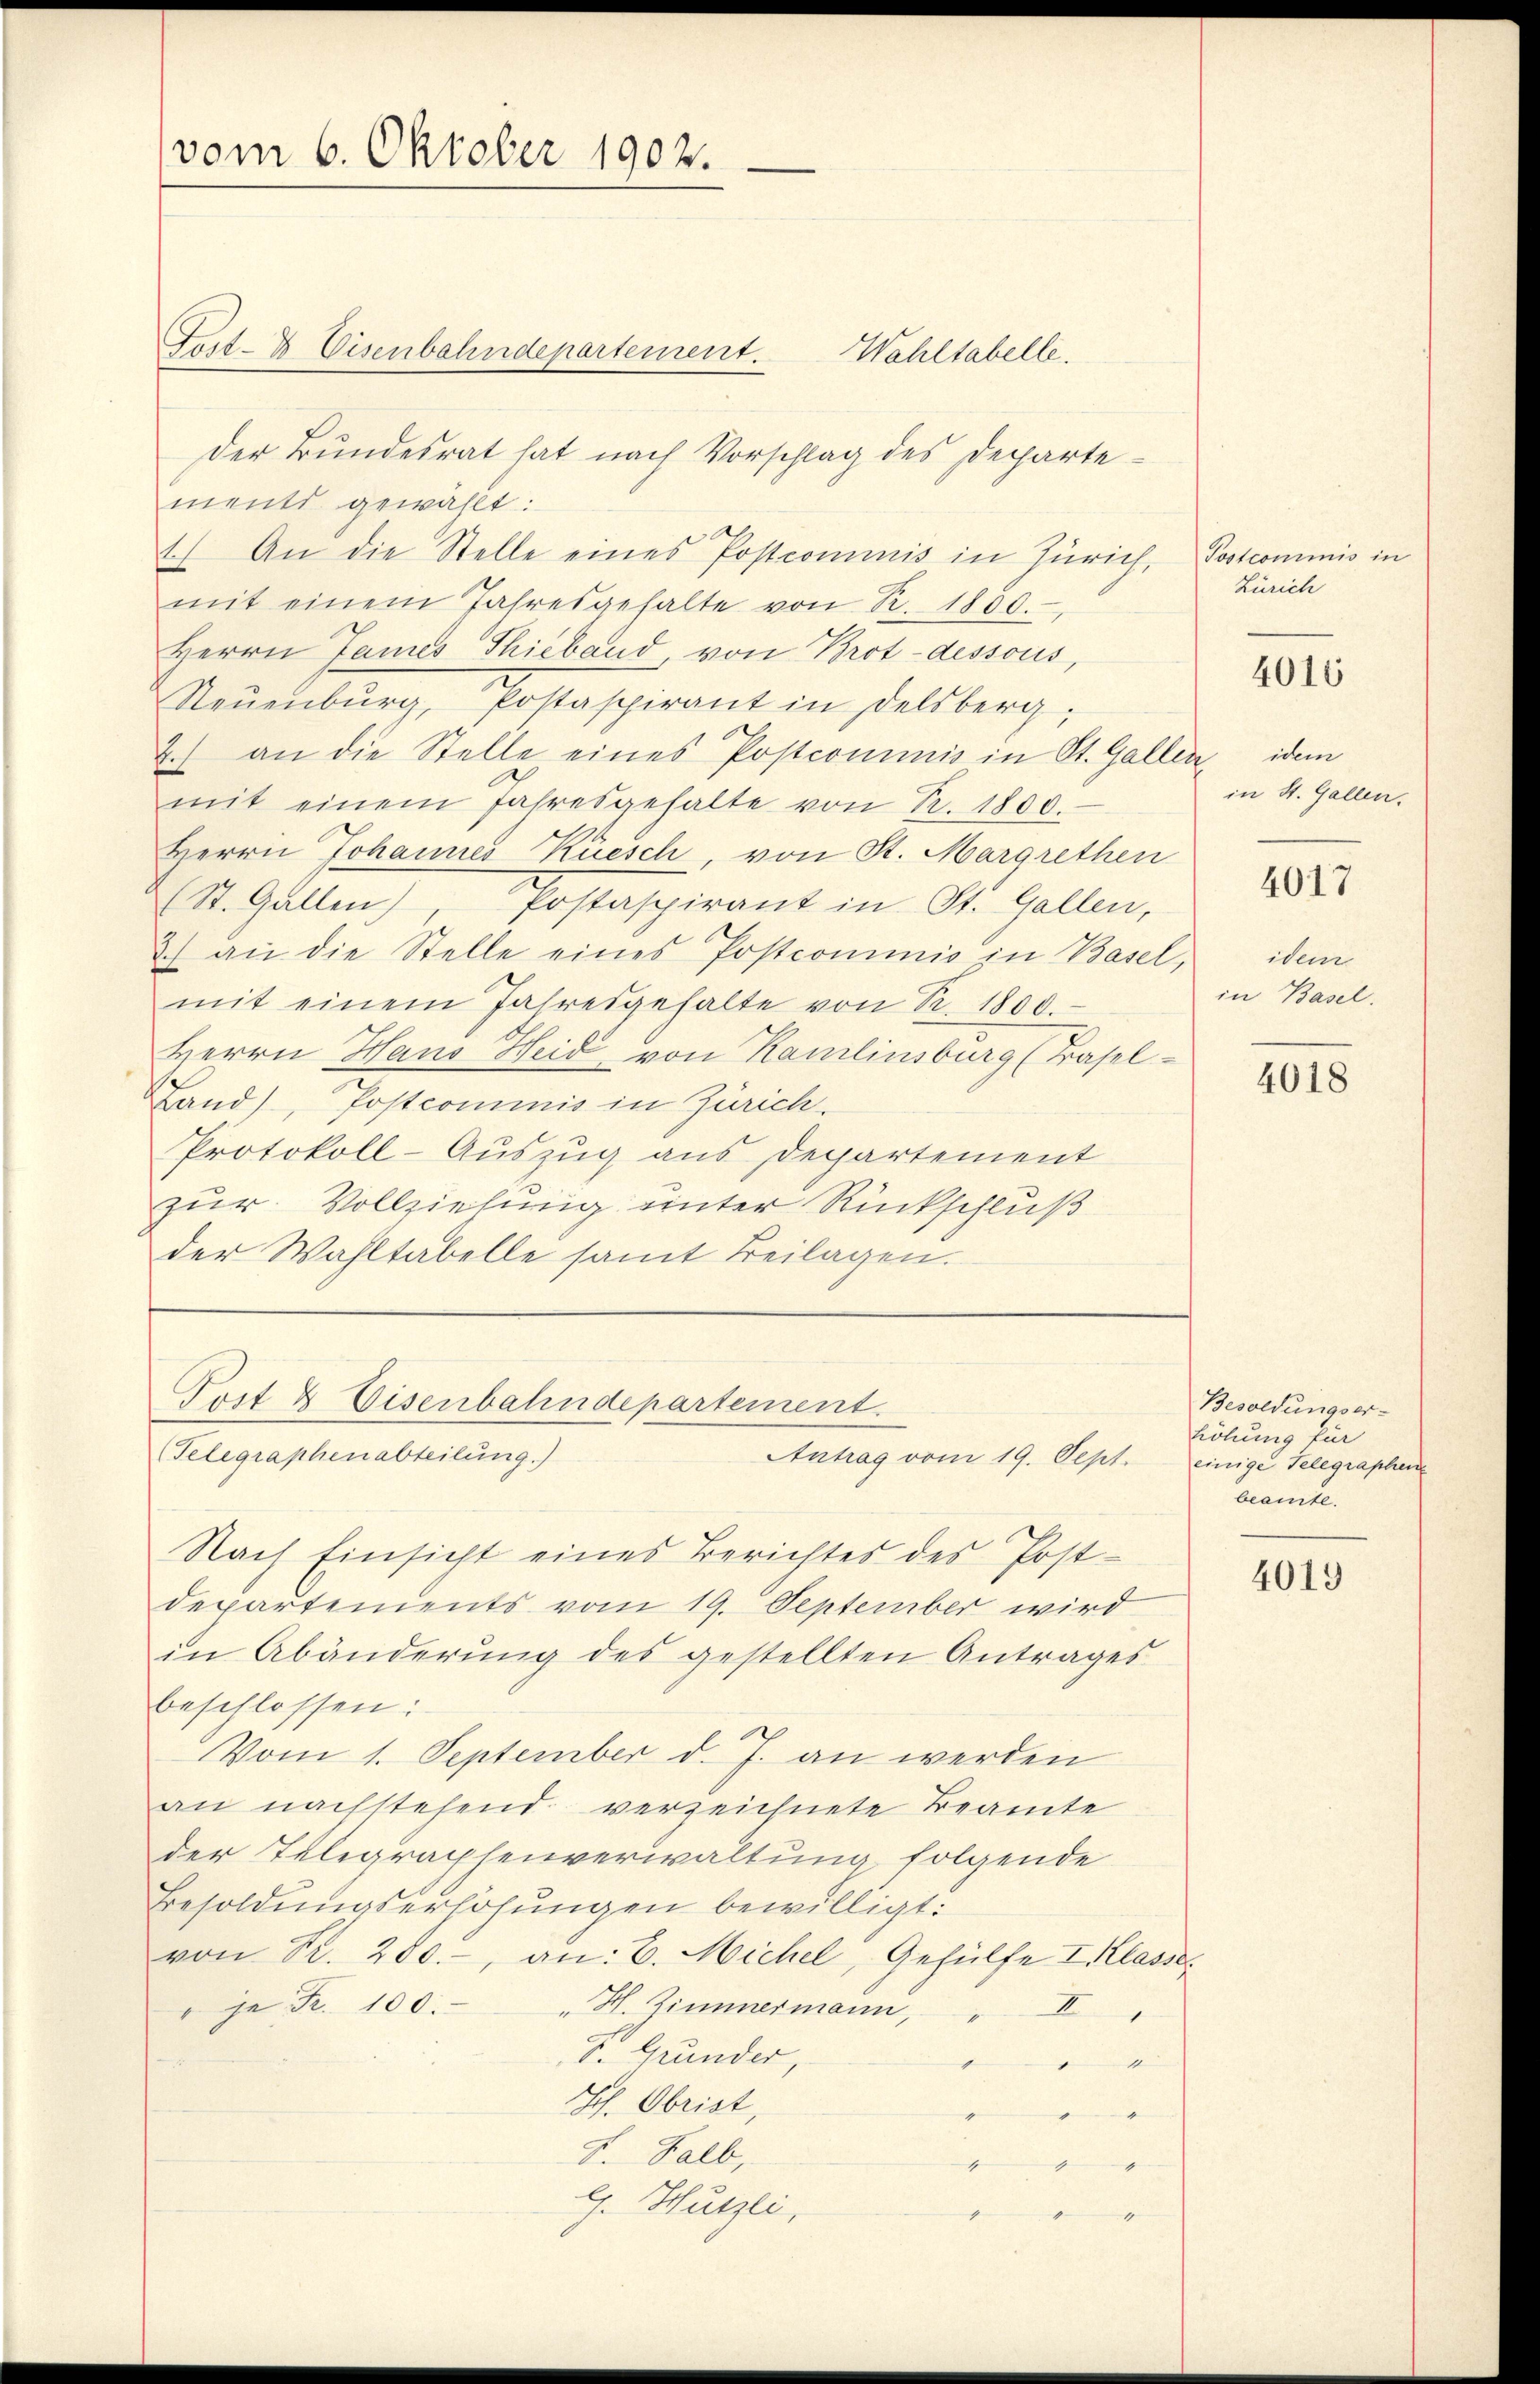
(vom 6. Oktober 1902.

Feit- & Eisenbahndepartement.
der Bundesrat hat nach Vorschlag des Departements gewählt:
1) An die Stelle eines Postcommis in Zürich,
mit einem Jahresgehalte von R. 1800.
Herrn James Thiebend, von Brot-dessous,
Neŭenbŭrg, Postaspirant in Delsberg,
2.) an die Stelle eines Postcommis in St. Gallen, idem
mit einem Jahresgehalte von R. 1800.
Herrn Johannes Kiesch, von St. Margrethen
(St. Gallen, Postaspirant in St. Gallen,
) an die Stelle eines Postcominio in Basel,
mit einem Jahresgehalte von Nr. 1800.
Herrn Haus Heid von Kamlinsburg (Basel¬
Land), Postcommis in Zürich.
Protokoll-Auszug aus Departement
zur Vollziehung unter Rückschluß
der Wahltabelle samt Beilagen.
Post & Eisenbahndepartement.
(Telegraphenabteilung.)
Antrag vom 19. Sept.
Nach Einsicht eines Berichtes des Post-
departements vom 19. September wird
in Abänderung des gestellten Antrages
beschlossen:
Vom 1. September d. J. an werden
an nachstehend verzeichnete Beamte
der Telegraphenverwaltung folgende
Besoldungserhöhungen bewilligt.
von Fr. 200.-, an: C. Michel, Gehülfe I Klasse
" je Fr. 100. " H. Zimmermann,
X
S. Grunder,
1
.
Ich. Obrist,
F. Halb,
G. Hutzli,
g

Wahltabelle.

Postcommis in
Zürich

4016

in St. Gallen.

4017

idem
in Basel.

4018

Besoldungser-
höhung für
einige Telegraphen
beamte.

4019